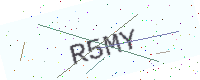
Text: R5MY